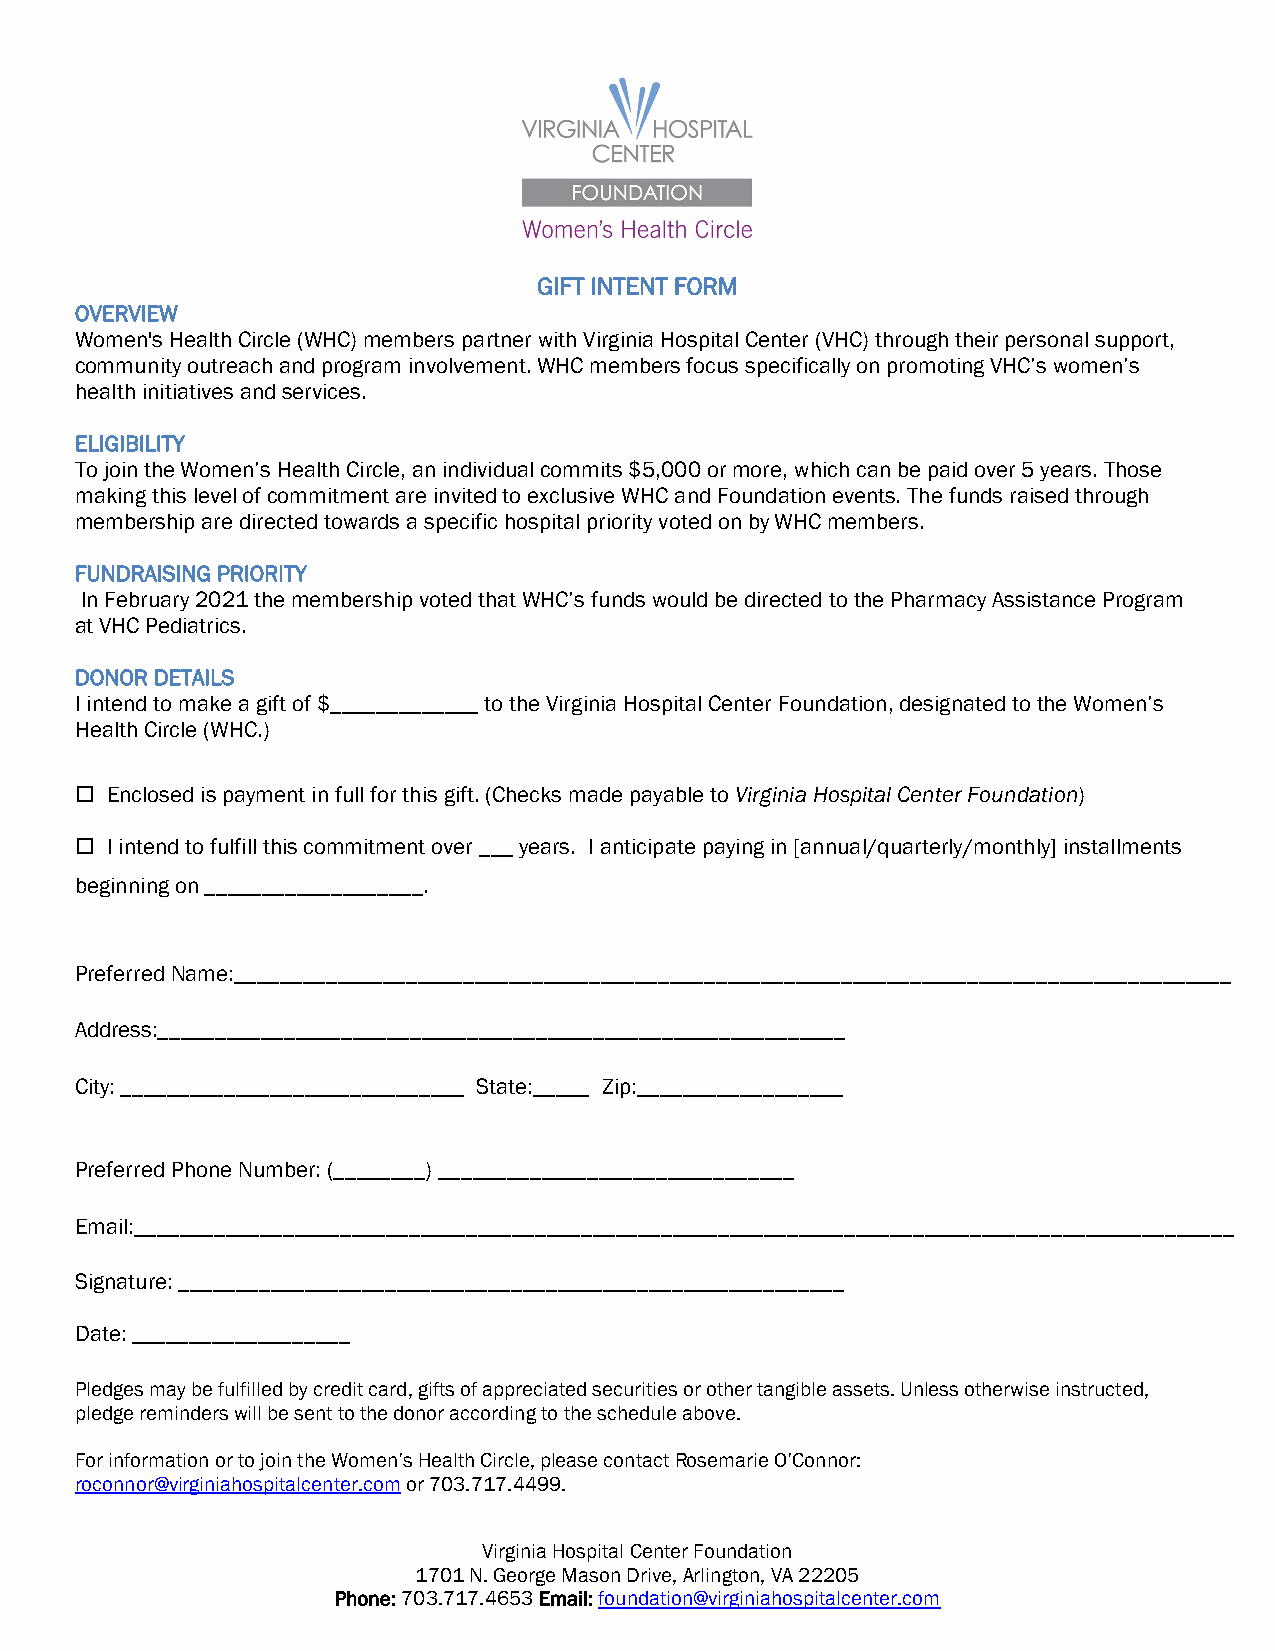
GIFT INTENT FORM
 OVERVIEW
 Women's Health Circle (WHC) members partner with Virginia Hospital Center (VHC) through their personal support,
 community outreach and program involvement. WHC members focus specifically on promoting VHC’s women’s
 health initiatives and services.
 ELIGIBILITY
 To join the Women’s Health Circle, an individual commits $5,000 or more, which can be paid over 5 years. Those
 making this level of commitment are invited to exclusive WHC and Foundation events. The funds raised through
 membership are directed towards a specific hospital priority voted on by WHC members.
 FUNDRAISING PRIORITY
 In February 2021 the membership voted that WHC’s funds would be directed to the Pharmacy Assistance Program
 at VHC Pediatrics.
 DONOR DETAILS
 I intend to make a gift of $_____________ to the Virginia Hospital Center Foundation, designated to the Women’s
 Health Circle (WHC.)
  Enclosed is payment in full for this gift. (Checks made payable to Virginia Hospital Center Foundation)
  I intend to fulfill this commitment over ___ years. I anticipate paying in [annual/quarterly/monthly] installments
 beginning on ___________________.
 Preferred Name:_______________________________________________________________________________________
 Address:____________________________________________________________
 City: ______________________________ State:_____ Zip:__________________
 Preferred Phone Number: (________) _______________________________
 Email:________________________________________________________________________________________________
 Signature: __________________________________________________________
 Date: ___________________
 Pledges may be fulfilled by credit card, gifts of appreciated securities or other tangible assets. Unless otherwise instructed,
 pledge reminders will be sent to the donor according to the schedule above.
 For information or to join the Women’s Health Circle, please contact Rosemarie O’Connor:
 roconnor@virginiahospitalcenter.com or 703.717.4499.
 Virginia Hospital Center Foundation
 1701 N. George Mason Drive, Arlington, VA 22205
 Phone: 703.717.4653 Email: foundation@virginiahospitalcenter.com